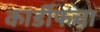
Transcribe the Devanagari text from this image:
कार्डीफचा